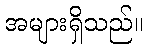
အများရှိသည်။